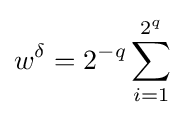
w^{\delta }=2^{-q}\sum _{i=1}^{2^{q}}